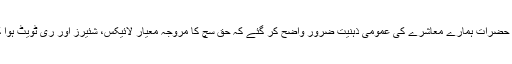
یہ دونوں حضرات ہمارے معاشرے کی عمومی ذہنیت ضرور واضح کر گئے کہ حق سچ کا مروجہ معیار لائیکس، شئیرز اور ری ٹویٹ ہوا کرتا ہے۔